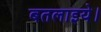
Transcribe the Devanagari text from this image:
बतलाइये।